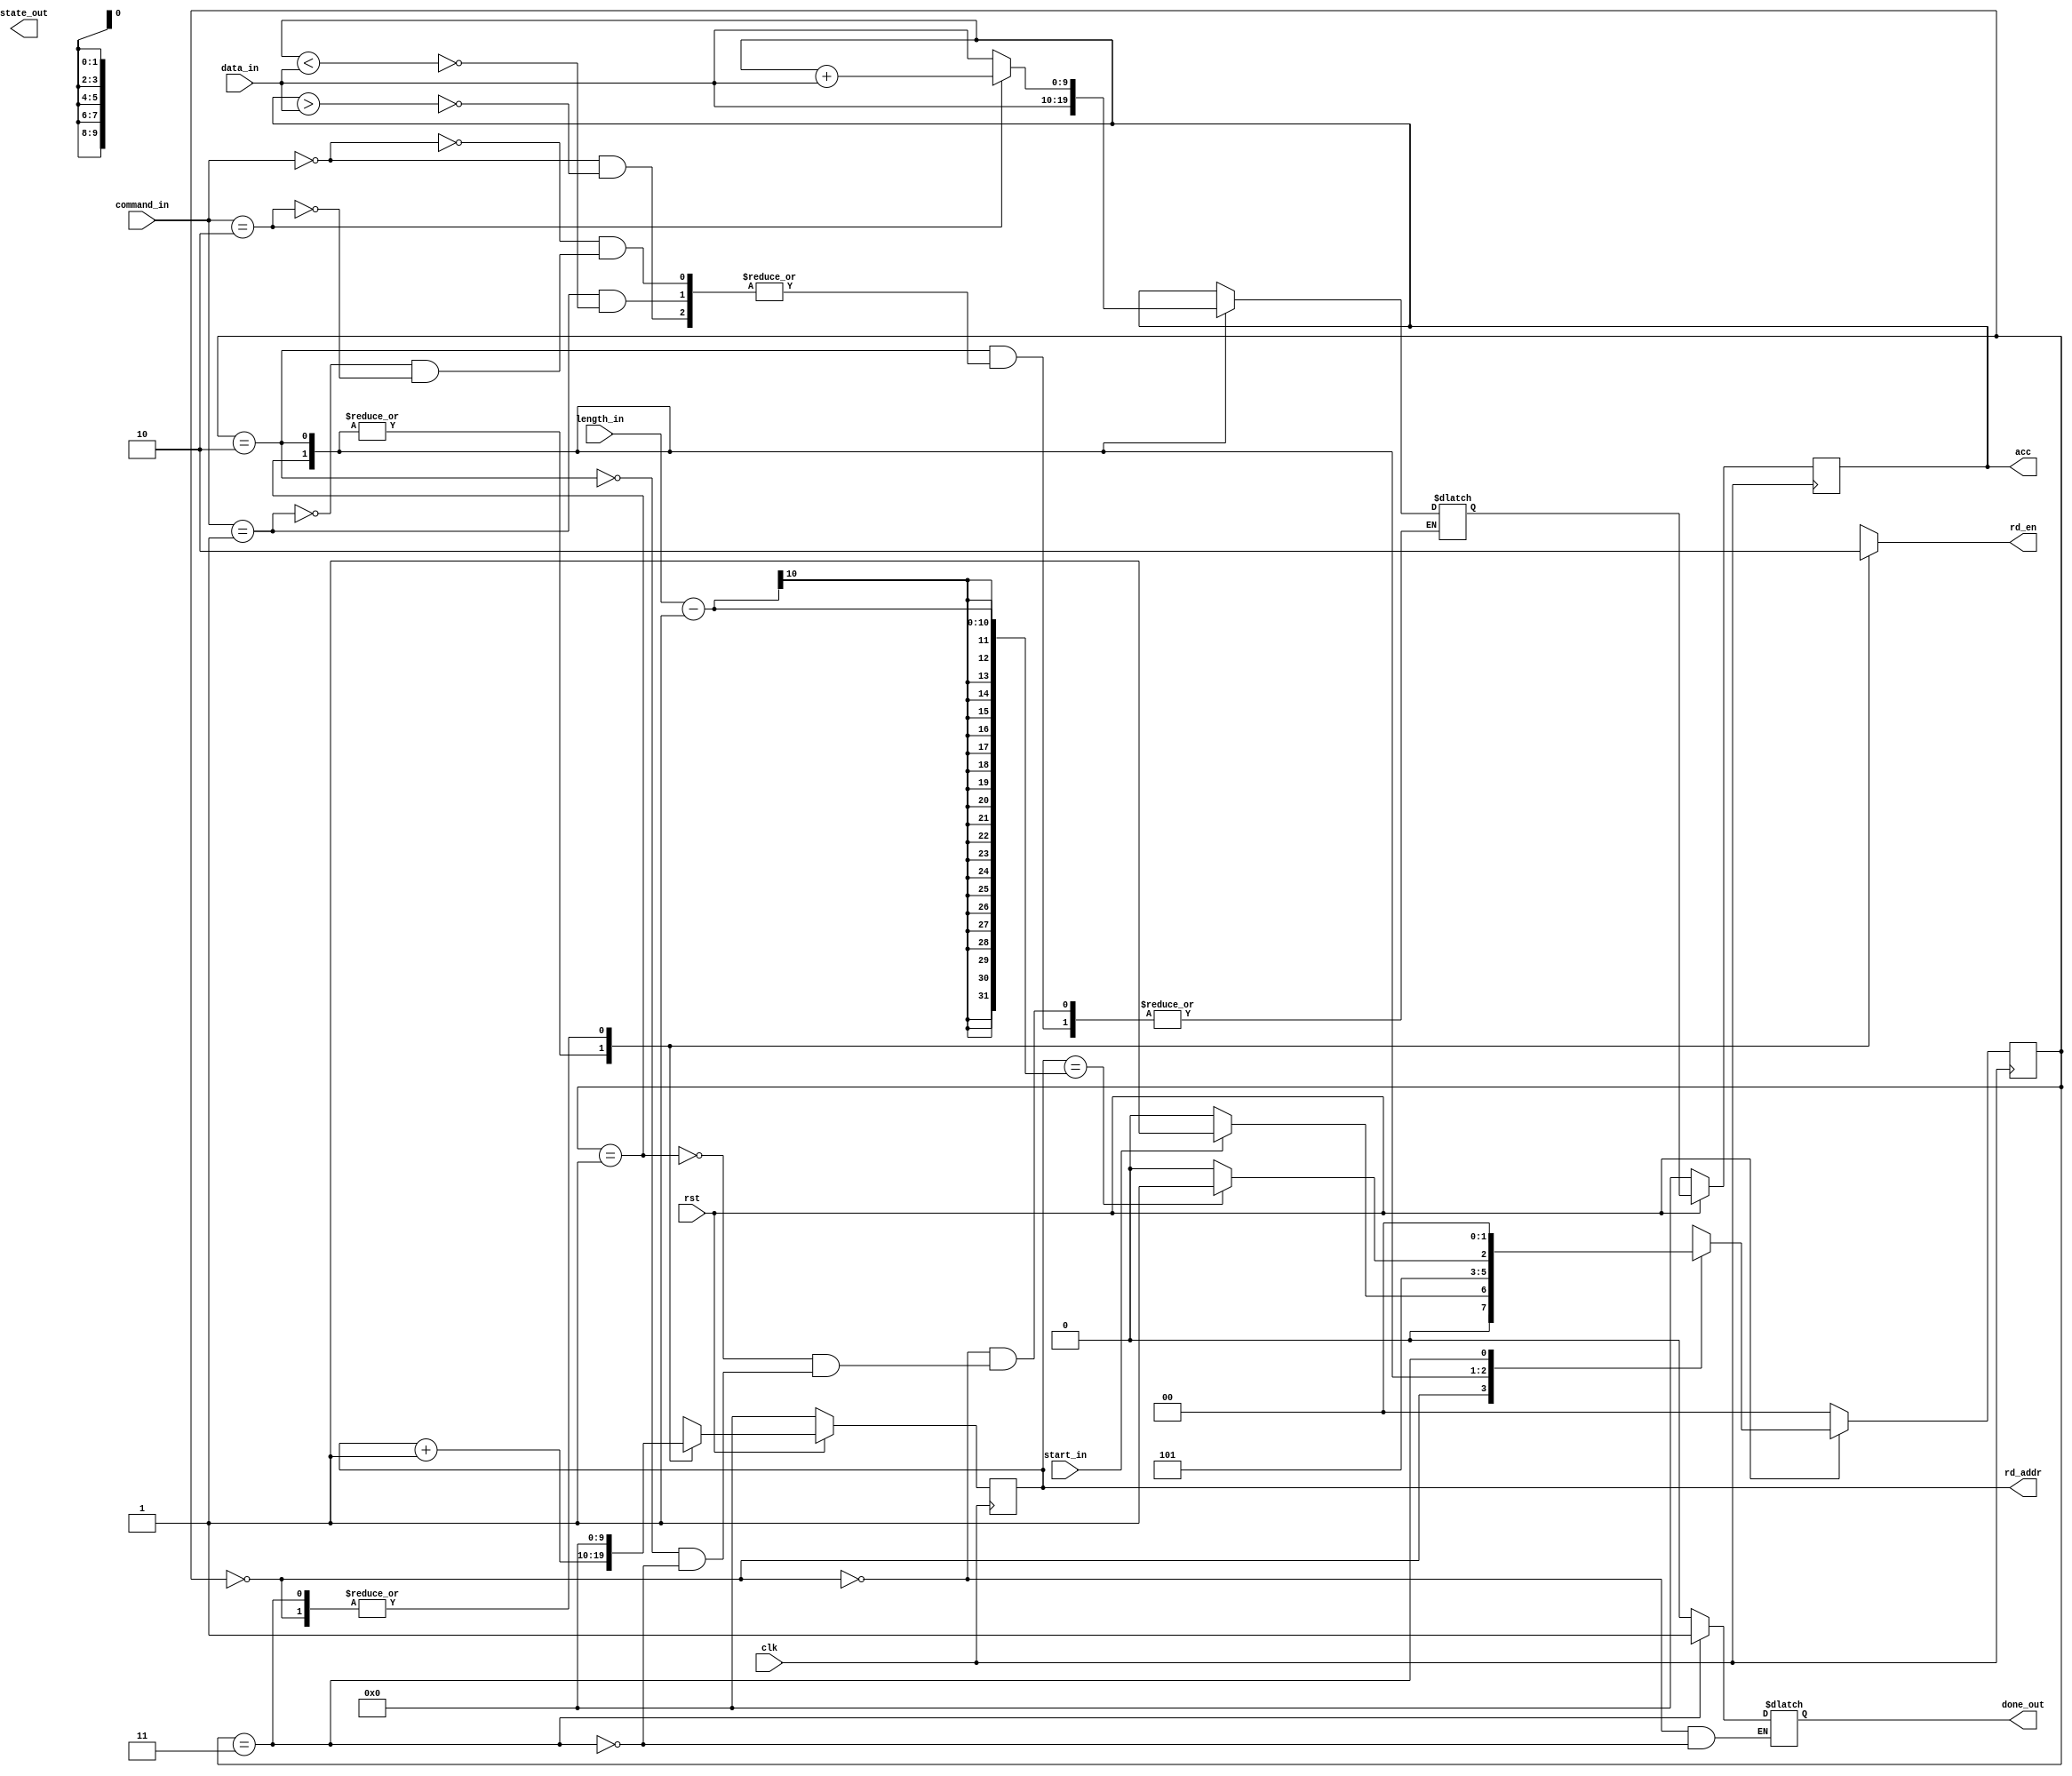
/******************************************************************************
@ddblock_begin copyright

Copyright (c) 1999-2013
Maryland DSPCAD Research Group, The University of Maryland at College Park 

Permission is hereby granted, without written agreement and without
license or royalty fees, to use, copy, modify, and distribute this
software and its documentation for any purpose, provided that the above
copyright notice and the following two paragraphs appear in all copies
of this software.

IN NO EVENT SHALL THE UNIVERSITY OF MARYLAND BE LIABLE TO ANY PARTY
FOR DIRECT, INDIRECT, SPECIAL, INCIDENTAL, OR CONSEQUENTIAL DAMAGES
ARISING OUT OF THE USE OF THIS SOFTWARE AND ITS DOCUMENTATION, EVEN IF
THE UNIVERSITY OF MARYLAND HAS BEEN ADVISED OF THE POSSIBILITY OF
SUCH DAMAGE.

THE UNIVERSITY OF MARYLAND SPECIFICALLY DISCLAIMS ANY WARRANTIES,
INCLUDING, BUT NOT LIMITED TO, THE IMPLIED WARRANTIES OF
MERCHANTABILITY AND FITNESS FOR A PARTICULAR PURPOSE. THE SOFTWARE
PROVIDED HEREUNDER IS ON AN "AS IS" BASIS, AND THE UNIVERSITY OF
MARYLAND HAS NO OBLIGATION TO PROVIDE MAINTENANCE, SUPPORT, UPDATES,
ENHANCEMENTS, OR MODIFICATIONS.

@ddblock_end copyright
******************************************************************************/

/*******************************************************************************
This FSM implements the core computational mode for the inner product actor.
*******************************************************************************/

/*******************************************************************************
*  Parameters:      A. size -- the number of tokens (integers) in each
*                   input vector. So, if size = N, then this actor
*                   performs an N x N inner product.
*   
*                   B. width -- the bit width for the integer data type
*                   used in the inner product operations
*******************************************************************************/
`timescale 1ns/1ps

module comp_mode_FSM_3
        #(parameter width = 10)(  
        input clk, rst,
        input start_in,
        input [width - 1 : 0] command_in, length_in, data_in,
        output [width-1:0] state_out,
        output reg done_out,
        output reg rd_en,
        output [width - 1 : 0] rd_addr,
        output reg [width - 1 : 0] acc);

    localparam START = 2'b00, STATE0 = 2'b01, STATE1 = 2'b10, END = 2'b11;
    reg [1 : 0] state, next_state;
    // reg begin_min_comp, begin_max_comp, begin_sum_comp;



    // min_comp #(.width(width)) min(clk, rst, begin_min_comp, length_in, data_in, done_comp_min, rd_en_min, rd_addr_min, acc_min);
    // max_comp #(.width(width)) max(clk, rst, begin_max_comp, length_in, data_in, done_comp_max, rd_en_max, rd_addr_max, acc_max);
    // sum_mode_FSM_3 #(.width(width)) sum(clk, rst, begin_sum_comp, length_in, data_in, done_comp_sum, rd_en_sum, rd_addr_sum, acc_sum);

    // reg [width - 1:0] rd_addr_reg;
    // reg done_comp;
    // assign rd_addr = rd_addr_reg;
    reg [width - 1 : 0] next_acc;
    reg [width - 1 : 0] counter, next_counter;

    always @(posedge clk)
    begin
        if (!rst)
        begin 
            state <= START;
            acc <= 0;
	        counter <= 0;
        end
        else
        begin 
            state <= next_state;
            acc <= next_acc;
	        counter <= next_counter;
        end
    end
  
    assign rd_addr = counter;

    always @(state, start_in, command_in, length_in, data_in, counter)
    begin
        case(state)
        START:
        begin
            done_out <= 0;
            next_acc <= acc;
            next_counter <= 0;
            rd_en <= 0;
            if (start_in)
                next_state <= STATE0;
            else
                next_state <= START;         
        end
        STATE0:
        begin 
            next_counter <= counter + 1;
            rd_en <= 1;
            next_acc <= data_in;
            next_state <= STATE1;
        end
        STATE1:
        begin 
            next_counter <= counter + 1;
            rd_en <= 1;
            case(command_in)
            0:
            begin
                if (acc > data_in)
                    next_acc <= data_in;
            end
            1:
            begin
                if (acc < data_in)
                    next_acc <= data_in;
            end
            2:
            begin
               next_acc <= acc + data_in;
            end
            endcase
            //if (counter == (length_in - 1))
            if (counter == (length_in - 1))
                next_state <= END;
            else
                next_state <= STATE1;
        end
        END:
        begin 
            done_out <= 1;
            next_counter <= 0;
            rd_en <= 0;
            next_acc <= acc;     
            next_state <= START;
        end
        endcase
    end

    function integer log2;
    input [31:0] value;
    begin
        value = value - 1;
        for (log2 = 0; value > 0; log2 = log2 + 1) begin
            value = value >> 1;
        end
    end
    endfunction 

endmodule